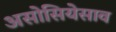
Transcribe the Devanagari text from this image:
असोसियेसाव